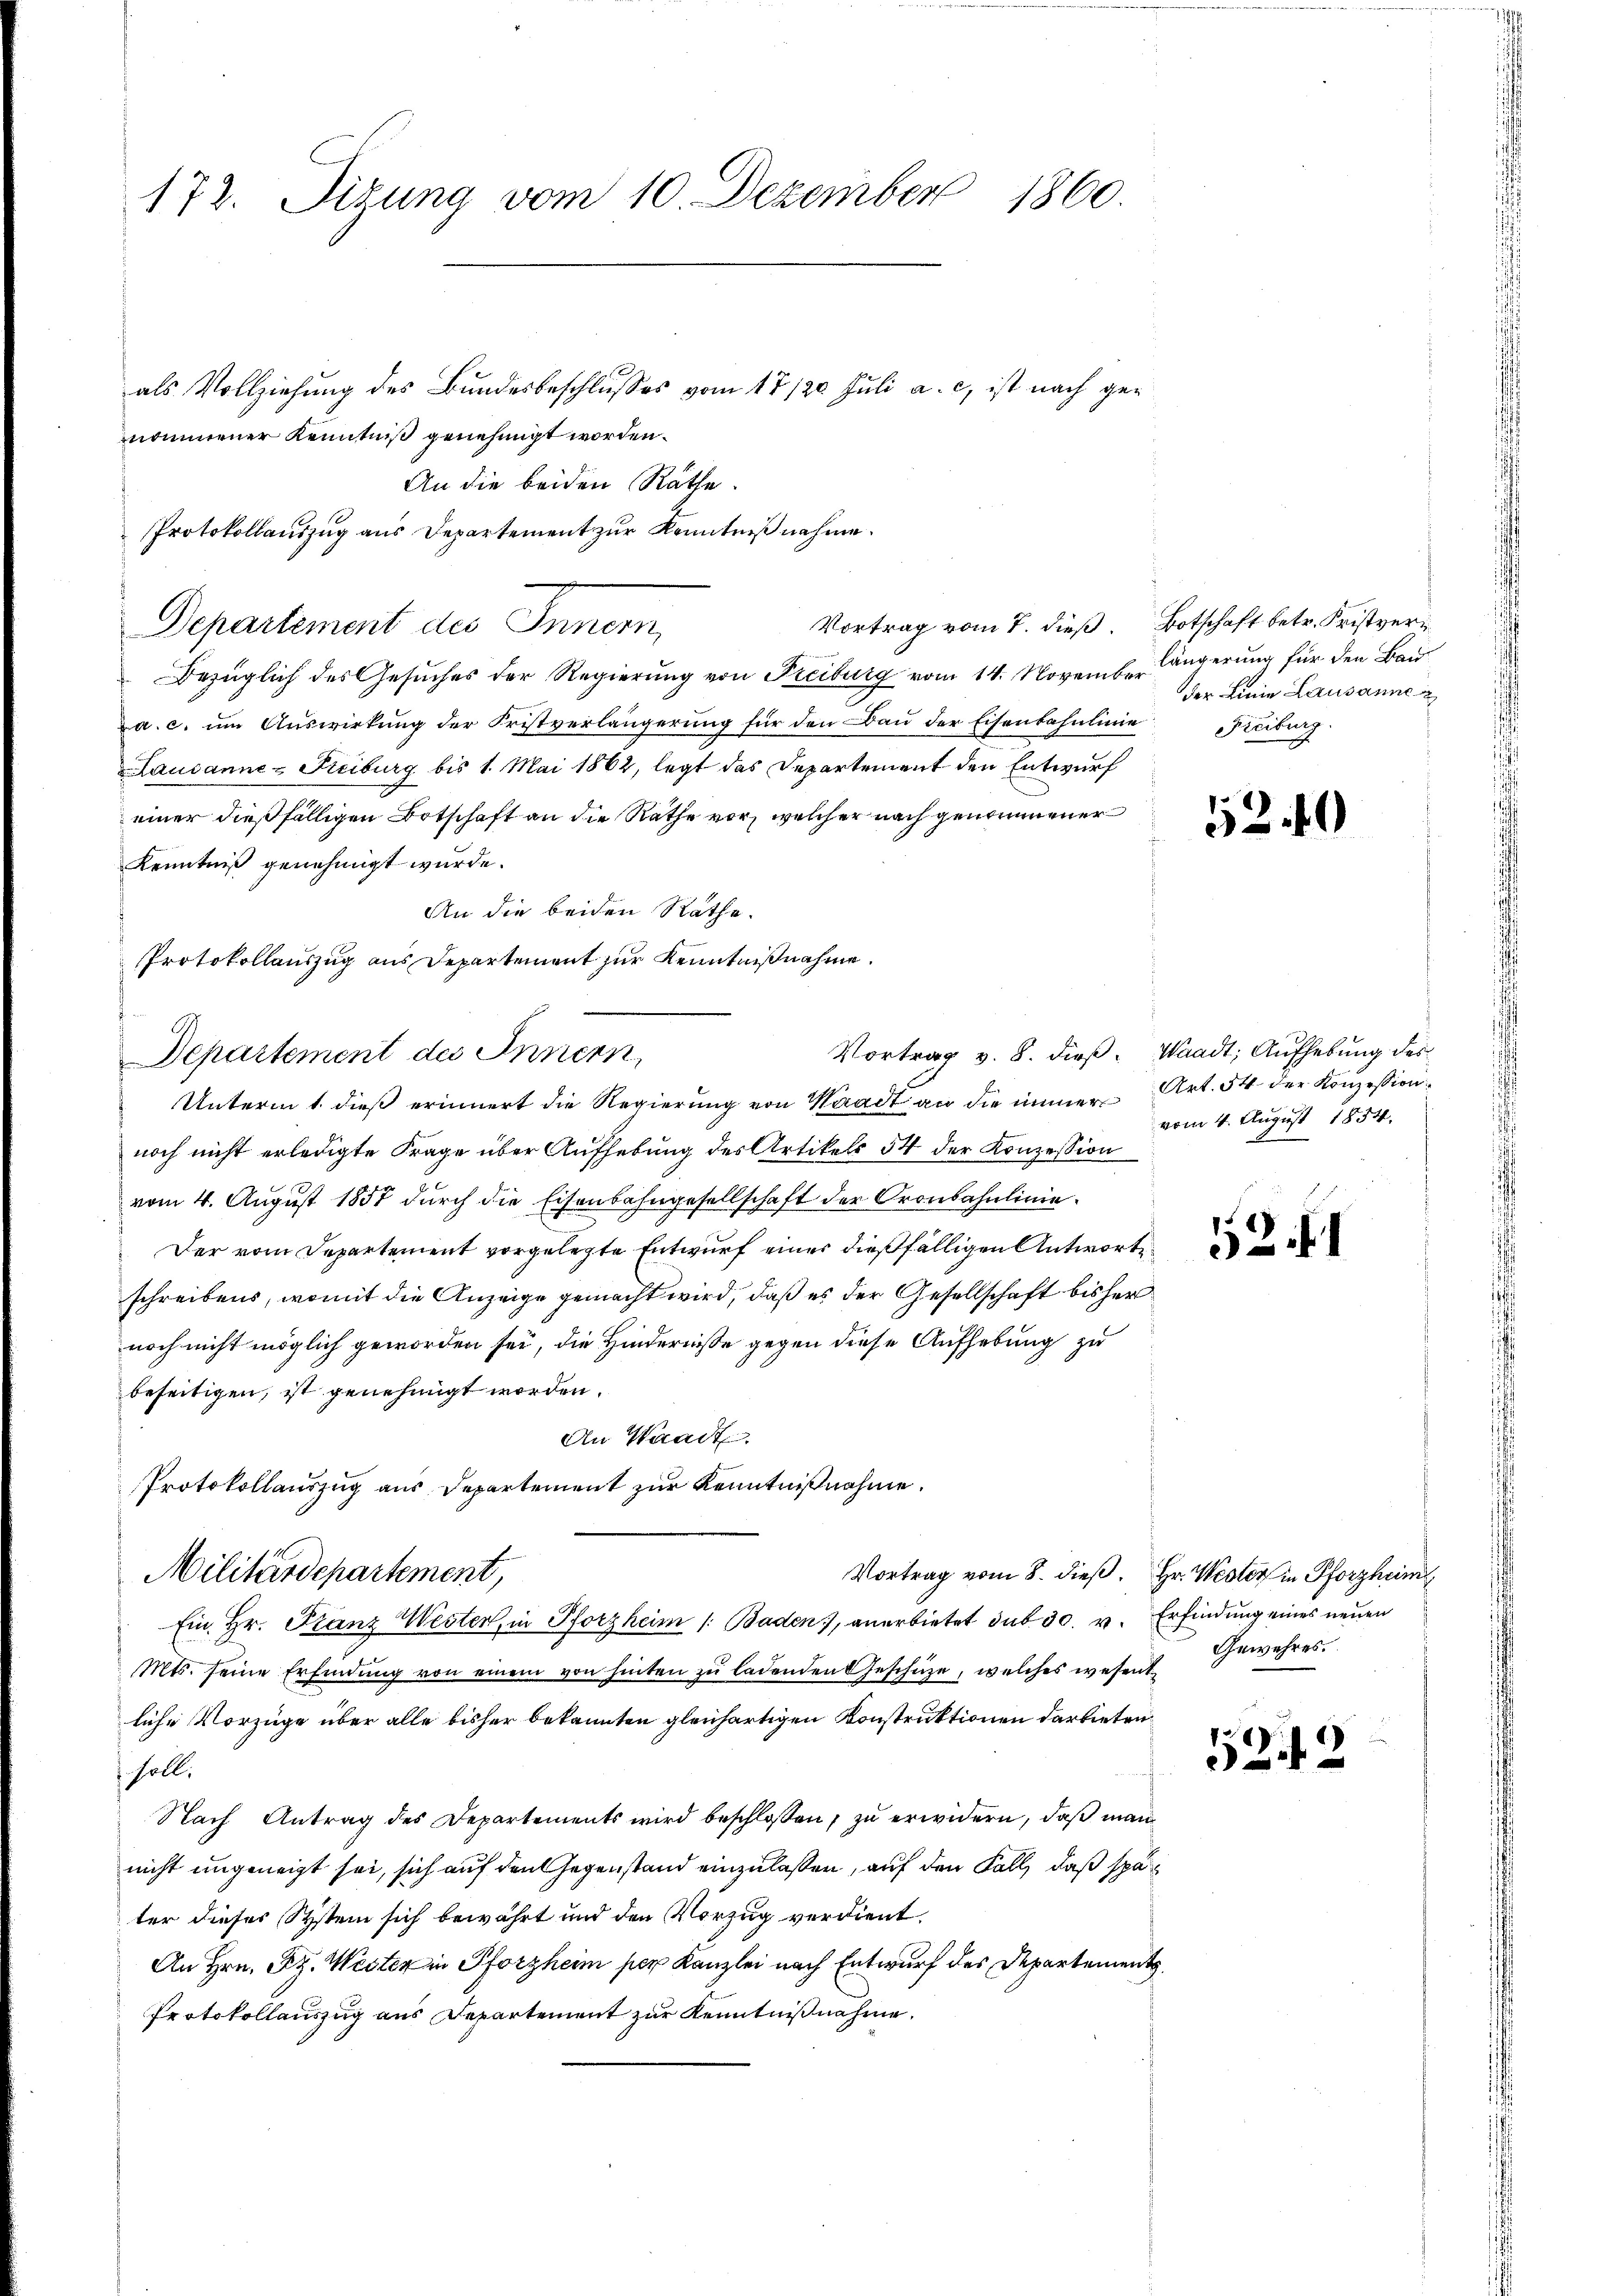
172. Sizung vom 10. Dezember
1860.

als Vollziehung des Bundesbeschlusses vom 17/20. Juli a. c. ist nach genommener Kenntniß genehmigt worden.
Departement des Innern,
Bezüglich des Gesuches der Regierung von Freiburg vom 14. November längerung für den Baua. c. um Auswirkung der Fristverlängerung für den Bau der Eisenbahnlinie Piciburg
Lausanne - Freiburg bis 1. Mai 1862, legt das Departement den Entwurf
einer dießfälligen Botschaft an die Rathe vor, welcher nach genommener
Kenntniß genehmigt wurde.
An die beiden Räthe.
Protokollauszug aus Departement zur Kenntnißnahme.
Departement des Innern,
Unterm 1. dieß erinnert die Regierung von Waadt an die immer
noch nicht erledigte Frage über Aufhebung des Artikels 54 der Konzession
vom 4. August 1857 durch die Eisenbahngesellschaft der Cronbahnlinie.
Der vom Departement vorgelegte Entwurf einer dießfälligen Antworte
schreibens, womit die Anzeige gemacht wird, daß es der Gesellschaft bisher
noch nicht möglich geworden sei, die Hindernisse gegen diese Aufhebung zu
beseitigen, ist genehmigt worden.
An Waadt
Protokollauszug aus Departement zur Kenntnißnahme.
Vortrag vom 8. dieß. Hr. Wester in Pforzheim
Militärdepartement,
Ein Hr. Franz Wester, in Pforzheim 1. Baden, anerbietet sub 30. v. Erfindung eines neuen
Mts. seine Erfindung von einem von hinten zu ladenden Geschütze, welches wesentliche Vorzüge über alle bisher bekannten gleichartigen Konstruktionen darbieten
 soll.
Nach Antrag des Departements wird beschlossen, zu erwidern, daß man
nicht ungeneigt sei, sich auf den Gegenstand einzulaßen, auf den Fall, daß später dieser Systein sich bewährt und den Vorzug verdient.
An Hrn. Fr. Wester in Pforzheim per Kanzlei nach Entwurf des Departements¬
Protokollauszug aus Departement zur Kenntnißnahme.

An die beiden Räthe.
Protokollauszug aus Departement zur Kenntniß nehme.
Vortrag vom 7. dieß. Botschaft betr. Fristver¬

der Linie Lausanne

Vortrag v. 8. dieß. Waadt, Aufhebung des
Art. 54. der Konzession
vom 4. August 1854.

Gewehres.

52 f

521

158)
2